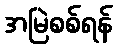
အမြဲစစ်ရန်